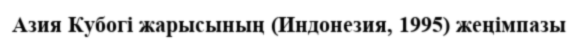
Азия Кубогі жарысының (Индонезия, 1995) жеңімпазы